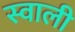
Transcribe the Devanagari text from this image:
स्वाली